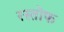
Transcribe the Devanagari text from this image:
रस्तोफ